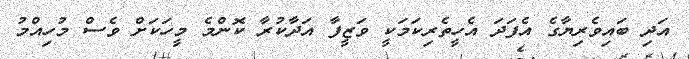
އަދި ބައިވެރިޔާގެ އެފަދަ އެހީތެރިކަމަކީ ވަޒީފާ އަދާކުރާ ކޮންމެ މީހަކަށް ވެސް މުހިއްމު